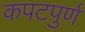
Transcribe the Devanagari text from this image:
कपटपुर्ण